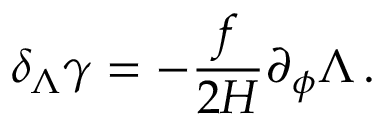
\delta _ { \Lambda } \gamma = - \frac { f } { 2 H } \partial _ { \phi } \Lambda \, .